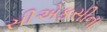
સીએફસીના